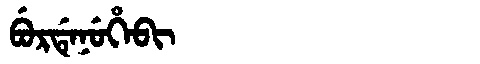
Manchu: ᠪᡠᡵᡩᡝᠨᡠᡥᡝᠪᡳ
Romanization: BURDENUHEBI